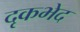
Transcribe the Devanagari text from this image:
दृकभेद